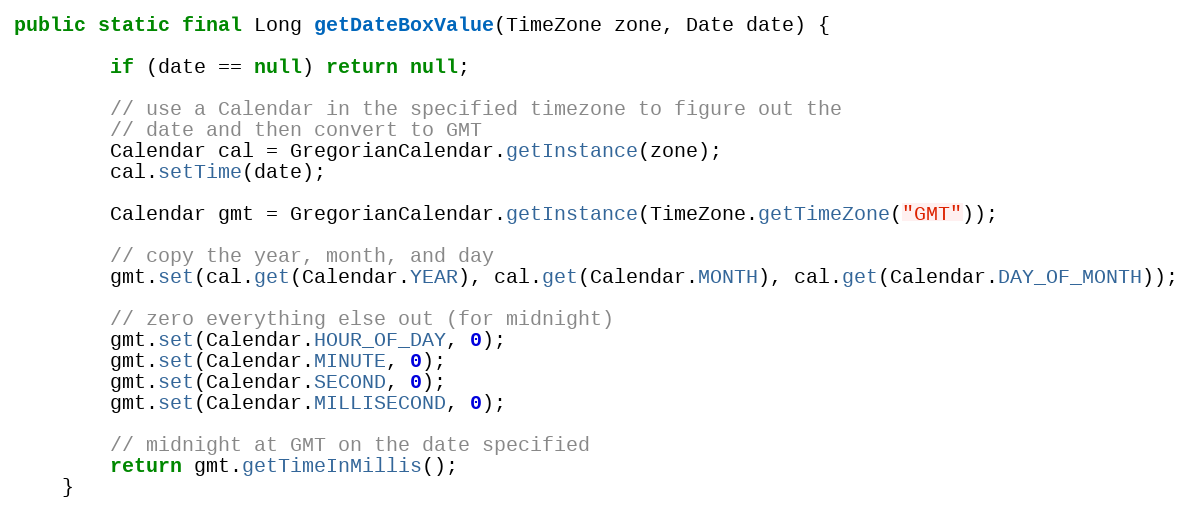
Language: Java
public static final Long getDateBoxValue(TimeZone zone, Date date) {

        if (date == null) return null;

        // use a Calendar in the specified timezone to figure out the
        // date and then convert to GMT
        Calendar cal = GregorianCalendar.getInstance(zone);
        cal.setTime(date);

        Calendar gmt = GregorianCalendar.getInstance(TimeZone.getTimeZone("GMT"));

        // copy the year, month, and day
        gmt.set(cal.get(Calendar.YEAR), cal.get(Calendar.MONTH), cal.get(Calendar.DAY_OF_MONTH));

        // zero everything else out (for midnight)
        gmt.set(Calendar.HOUR_OF_DAY, 0);
        gmt.set(Calendar.MINUTE, 0);
        gmt.set(Calendar.SECOND, 0);
        gmt.set(Calendar.MILLISECOND, 0);

        // midnight at GMT on the date specified
        return gmt.getTimeInMillis();
    }